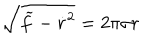
LaTeX: \sqrt { \widetilde f - \dot { r } ^ { 2 } } = 2 \pi \sigma r